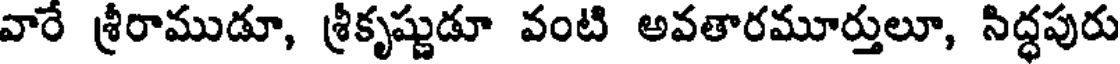
వారే శ్రీరాముడూ, శ్రీకృష్ణుడూ వంటి అవతారమూర్తులూ, సిద్ధపురు